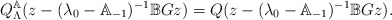
\begin{align*} Q_\Lambda^\mathbb{A}(z-(\lambda_0-\mathbb{A}_{-1})^{-1}\mathbb{B}Gz)=Q(z-(\lambda_0-\mathbb{A}_{-1})^{-1}\mathbb{B}Gz).\end{align*}